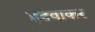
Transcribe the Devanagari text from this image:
हटवाकर